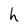
Character: h